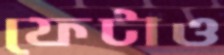
ফেটাও